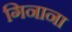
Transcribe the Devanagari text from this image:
गिनाना